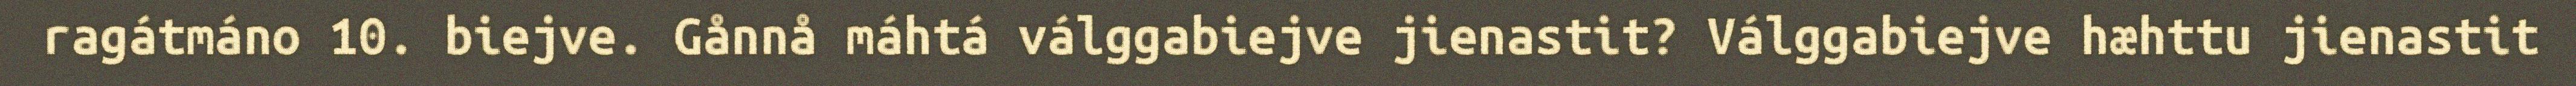
ragátmáno 10. biejve. Gånnå máhtá válggabiejve jienastit? Válggabiejve hæhttu jienastit